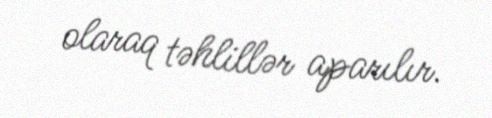
olaraq təhlillər aparılır.